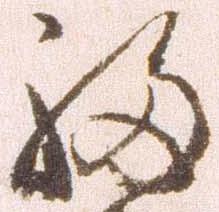
福